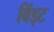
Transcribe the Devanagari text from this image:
विंड्ट